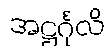
အဋ္ဌင်္ဂုလိ